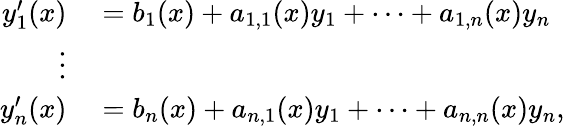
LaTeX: \begin{array}{rl}{y_{1}^{\prime}(x)}&{{}=b_{1}(x)+a_{1,1}(x)y_{1}+\cdots+a_{1,n}(x)y_{n}}\\ {\vdots}&{{}}\\ {y_{n}^{\prime}(x)}&{{}=b_{n}(x)+a_{n,1}(x)y_{1}+\cdots+a_{n,n}(x)y_{n},}\end{array}